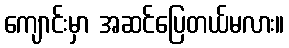
ကျောင်းမှာ အဆင်ပြေတယ်မလား။